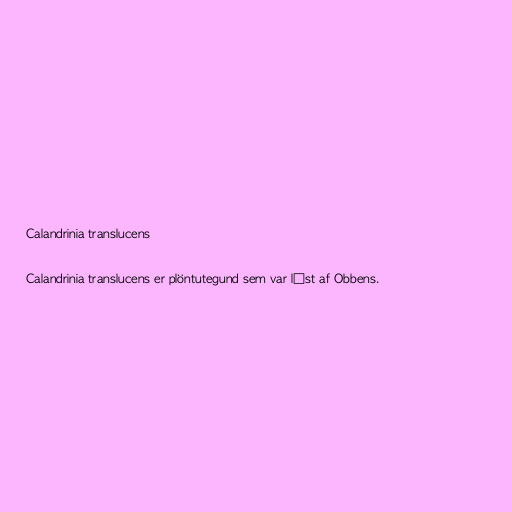
Calandrinia translucens

Calandrinia translucens er plöntutegund sem var lýst af Obbens.